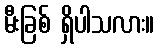
မီးခြစ် ရှိပါသလား။